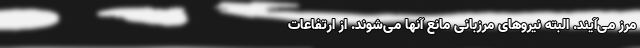
مرز می‌آیند. البته نیروهای مرزبانی مانع آنها می‌شوند. از ارتفاعات